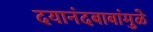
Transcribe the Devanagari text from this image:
दयानंदबाबांमुळे